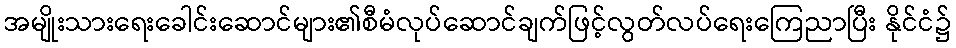
အမျိုးသားရေးခေါင်းဆောင်များ၏စီမံလုပ်ဆောင်ချက်ဖြင့်လွတ်လပ်ရေးကြေညာပြီး နိုင်ငံ၌